Report on plague and inoculation in the Punjab from October 1st ... to September 30th..., being the ... season of plague in the province
Disease focus: Plague
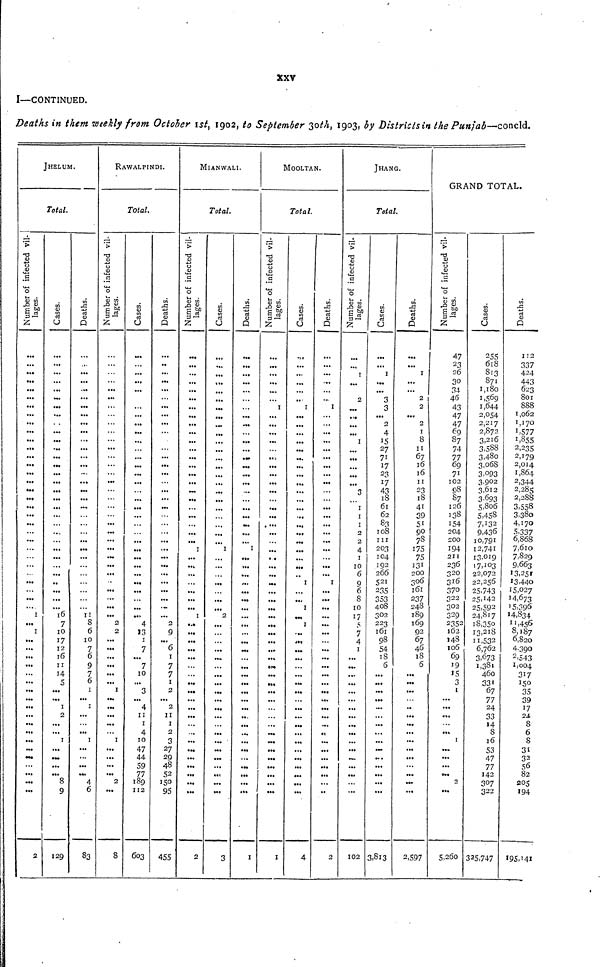
XXV
I—CONTINUED.
Deaths in them weekly from October 1st, 1902, to September 30th, 1903, by Districts in the Punjab-—concld.
JHELUM.
Total.
Number of infected vil-
lages.
...
...
...
...
...
...
...
...
...
...
...
...
...
...
...
...
...
...
...
...
...
...
...
...
...
...
...
...
...
... 1
...
1
...
...
...
...
...
...
...
... ...
...
...
...
...
...
...
...
...
...
...
...
2
Cases.
...
...
...
...
...
...
...
...
...
...
...
...
...
...
...
...
...
...
...
...
...
...
...
...
...
...
...
...
...
...
... 16
7
10
17
12
16
11
14
S
...
... 1
2
...
...
1
...
...
...
8
9
...
129
Deaths.
...
...
...
...
...
...
...
...
...
...
...
...
...
...
...
...
...
...
...
...
...
...
...
...
...
...
...
...
...
...
... 11
8
6
10
7
6
9
7
6
1
... 1
...
...
...
1
...
...
...
...
4
6
...
83
RAWALPINDI.
Total.
Number of infected vil-
lages.
...
...
...
...
...
...
...
...
...
...
...
...
...
...
...
...
...
...
...
...
...
...
...
...
...
...
...
...
...
...
... ...
2
2
...
...
...
...
...
...
1
... ...
...
...
...
1
...
...
...
...
2
...
...
8
Cases.
...
...
...
...
...
...
...
...
...
...
...
...
...
...
...
...
...
...
...
...
...
...
...
...
...
...
...
...
...
...
...
...
4
13
1
7
...
7
10
...
3
... 4
11
1
4
10
47
44
59
77
189
112
...
603
Deaths.
...
...
...
...
...
...
...
...
...
...
...
...
...
...
...
...
...
...
...
...
...
...
...
...
...
...
...
...
...
...
... ...
2
9
...
6
1
7
7
1
2
... 2
11
1
2
3
27
29
48
52
150
95
...
455
MIANWALI.
Number of infected vil-
lages.
...
...
...
...
...
...
...
...
...
...
...
...
...
...
...
...
...
...
...
...
...
...
...
1
...
...
...
...
...
...
... 1
...
...
...
...
...
...
...
...
...
...
...
...
...
...
...
...
...
...
...
...
...
...
2
Cases.
...
...
...
...
...
...
...
...
...
...
...
...
...
...
...
...
...
...
...
...
...
...
...
1
...
...
...
...
...
...
... 2
...
...
...
...
...
...
...
...
...
...
...
...
...
...
...
...
...
...
...
...
...
...
3
Deaths.
...
...
...
...
...
...
...
...
...
...
...
...
...
...
...
...
...
...
...
...
...
...
...
1
...
...
...
...
...
...
...
...
...
...
...
...
...
...
...
...
...
...
...
...
...
...
...
...
...
...
...
...
...
...
1
MOOLTAN.
Total.
Number of infected vil-
lages.
...
...
...
...
...
...
1
...
...
...
...
...
...
...
...
...
...
...
...
...
...
...
...
...
...
...
...
...
...
...
... ...
...
...
...
...
...
...
...
...
...
...
...
...
...
...
...
...
...
...
...
...
...
...
I
Cases.
...
...
...
...
...
...
1
...
...
...
...
...
...
...
...
...
...
...
...
...
...
...
...
...
...
...
... 1
...
...
1
...
I
...
...
...
...
...
...
...
...
...
...
...
...
...
...
...
...
...
...
...
...
...
4
Deaths.
...
...
...
...
...
...
1
...
...
...
...
...
...
...
...
...
...
...
...
...
...
...
...
...
...
...
... 1
...
...
...
...
...
...
...
...
...
...
...
...
...
...
...
...
...
...
...
...
...
...
...
...
...
...
2
JHANG.
Total.
Number of infected vil-
lages.
...
...
1
...
...
2
...
...
...
...
1
...
...
...
...
...
3
...
1
1
1
2
2
4
1
10
6
9
6
8
10
17
5
7
4
1
...
...
...
...
...
...
...
...
...
...
...
...
...
...
...
...
...
...
102
Cases.
...
...
1
...
...
3
3
...
2
4
15
27
71
17
23
17
43
18
61
62
83
108
111
203
104
192
266
521
235
353
408
302
223
161
98
54
18
6
...
...
...
...
...
...
...
...
...
...
...
...
...
...
...
...
3,813
Deaths.
...
...
1
... ...
2
2
...
2
1
8
11
67
16
16
11
23
18
41
39
51
90
78
175
75
131
200
306
161
237
248
189
169
92
67
46
18
6
...
...
...
...
...
...
...
...
...
...
...
...
...
...
...
...
2,597
GRAND TOTAL.
Number of infected vil-
lages.
47
23
26
30
34
46
43
47
47
69
87
74
77
69
71
102
98
87
126
138
154
204
200
194
211
236
320
316
370
322
302
329
2352
362
148
106
69
19
15
3
1
...
...
...
...
...
1
...
...
...
... 2
...
...
5,260
Cases.
255
618
813
871
1,180
1,569
1,644
2,054
2,217
2,872
3,216
3.588
3,480
3,o6S
3,°93
3.902
3,612
3.693
5,806
5,458
7,132
9,436
10,791
12,741
13,019
17,103
22,072
22,256
25.743
25,142
25,592
24,817
18,350
13,218
11,532
6,762
3,673
1,381
460
331
67
77
24
33
14
8
16
53
47
77
142
307
322
...
335,747
Deaths.
112
337
424
443
623
801
888
1,062
1,170
1,577
1,855
2,235
2,179
2,014
1,864
2,344
2,285
2,288
3,558
3380
4,170
5,337
6,868
7,610
7,829
9,663
13,251
13440
15,027
14,673
15,396
14,834
11,456
8,187
6,820
4,390
2,543
1,004
317
150
35
39
17
24
8
6
8
31
3 2
56
82
205
194
...
195,141